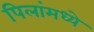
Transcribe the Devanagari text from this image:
पिलांमध्ये